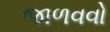
જાળવવો